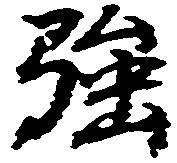
強